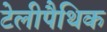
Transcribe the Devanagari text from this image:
टेलीपैथिक